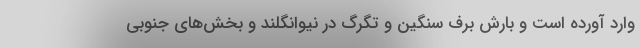
وارد آورده است و بارش برف سنگین و تگرگ در نیوانگلند و بخش‌های جنوبی